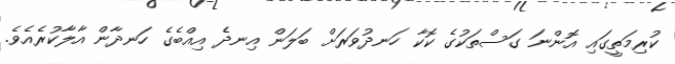
ކުރިމަތީގައި އޮންނަ ގަސްތަކުގެ ކޮކާ ހަނދުވަރަށް ބަލަން އިނދެ އިއްބެގެ ހަނދާން އާލާކުރެއެވެ.